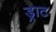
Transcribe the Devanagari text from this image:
ड्राट